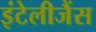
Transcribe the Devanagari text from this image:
इंटेलीजैंस